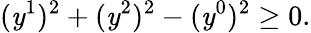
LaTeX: (\mathit{y}^{1})^{2}+(\mathit{y}^{2})^{2}-(\mathit{y}^{0})^{2}\geq0.